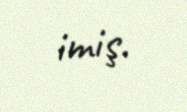
imiş.